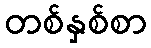
တစ်နှစ်စာ